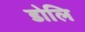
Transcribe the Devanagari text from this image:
डोलि